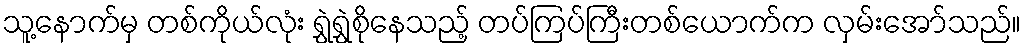
သူ့နောက်မှ တစ်ကိုယ်လုံး ရွှဲရွှဲစိုနေသည့် တပ်ကြပ်ကြီးတစ်ယောက်က လှမ်းအော်သည်။